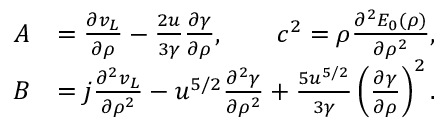
\begin{array} { r l } { A } & { = \ensuremath { \frac { \partial v _ { L } } { \partial \rho } } - \frac { 2 u } { 3 \gamma } \ensuremath { \frac { \partial \gamma } { \partial \rho } } , \qquad c ^ { 2 } = \rho \ensuremath { \frac { \partial ^ { 2 } E _ { 0 } ( \rho ) } { \partial \rho ^ { 2 } } } , } \\ { B } & { = j \ensuremath { \frac { \partial ^ { 2 } v _ { L } } { \partial \rho ^ { 2 } } } - u ^ { 5 / 2 } \ensuremath { \frac { \partial ^ { 2 } \gamma } { \partial \rho ^ { 2 } } } + \frac { 5 u ^ { 5 / 2 } } { 3 \gamma } \left( \ensuremath { \frac { \partial \gamma } { \partial \rho } } \right) ^ { 2 } . } \end{array}